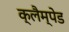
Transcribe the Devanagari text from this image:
क्लैम्पेड